Lunatic asylums Central Provinces reports 1886-1894 - 1886-1894
Year: 1886
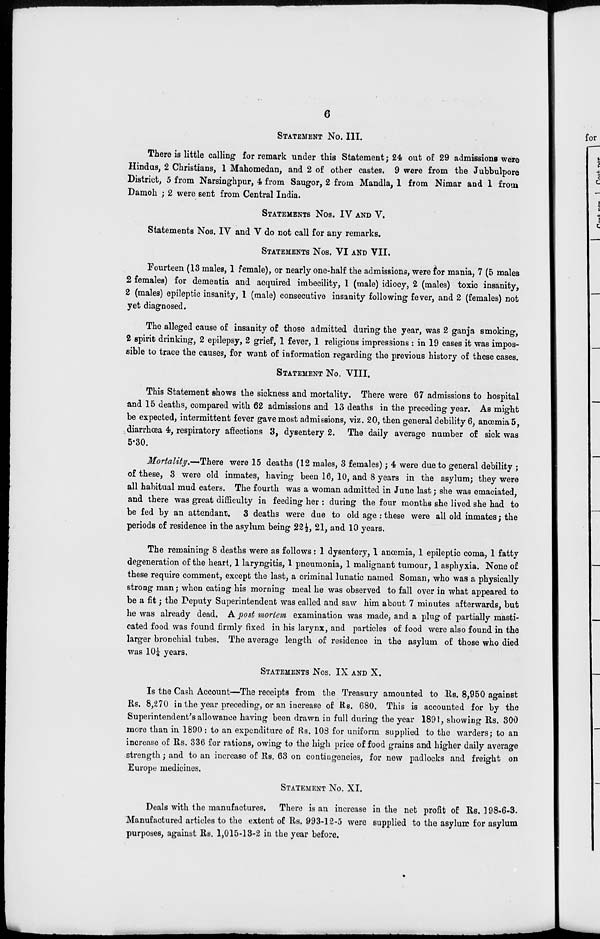
6
STATEMENT No. III.
There is little calling for remark under this Statement ; 24 out of 29 admissions were
Hindus, 2 Christians, 1 Mahomedan, and 2 of other castes. 9 were from the Jubbulpore
District, 5 from Narsinghpur, 4 from Saugor, 2 from Mandla, 1 from Nimar and 1 from
Damoh ; 2 were sent from Central India.
STATEMENTS Nos. IV AND V.
Statements Nos. IV and V do not call for any remarks.
STATEMENTS Nos. VI AND VII.
Fourteen (13 males, 1 female), or nearly one-half the admissions, were for mania, 7 (5 males
2 females) for dementia and acquired imbecility, 1 (male) idiocy, 2 (males) toxic insanity,
2 (males) epileptic insanity, 1 (male) consecutive insanity following fever, and 2 (females) not
yet diagnosed.
The alleged cause of insanity of those admitted during the year, was 2 ganja smoking,
2 spirit drinking, 2 epilepsy, 2 grief, 1 fever, 1 religious impressions : in 19 cases it was impos-
sible to trace the causes, for want of information regarding the previous history of these cases.
STATEMENT No. VIII.
This Statement shows the sickness and mortality. There were 67 admissions to hospital
and 15 deaths, compared with 62 admissions and 13 deaths in the preceding year. As might
be expected, intermittent fever gave most admissions, viz. 20, then general debility 6, anœmia 5,
diarrhœa 4, respiratory affections 3, dysentery 2. The daily average number of sick was
5.30.
Mortality.—There were 15 deaths (12 males, 3 females) ; 4 were due to general debility ;
of these, 3 were old inmates, having been 16, 10, and 8 years in the asylum; they were
all habitual mud eaters. The fourth was a woman admitted in June last ; she was emaciated,
and there was great difficulty in feeding her : during the four months she lived she had to
be fed by an attendant. 3 deaths were due to old age ; these were all old inmates ; the
periods of residence in the asylum being 22 ½, 21, and 10 years.
The remaining 8 deaths were as follows : 1 dysentery, 1 anœmia, 1 epileptic coma, 1 fatty
degeneration of the heart, 1 laryngitis, 1 pneumonia, 1 malignant tumour, 1 asphyxia. None of
these require comment, except the last, a criminal lunatic named Soman, who was a physically
strong man ; when eating his morning meal he was observed to fall over in what appeared to
be a fit ; the Deputy Superintendent was called and saw him about 7 minutes afterwards, but
he was already dead. A post mortem examination was made, and a plug of partially masti-
cated food was found firmly fixed in his larynx, and particles of food were also found in the
larger bronchial tubes. The average length of residence in the asylum of those who died
was 10¼ years.
STATEMENTS Nos. IX AND X.
Is the Cash Account—The receipts from the Treasury amounted to Rs. 8,950 against
Rs. 8,270 in the year preceding, or an increase of Rs. 680. This is accounted for by the
Superintendent's allowance having been drawn in full during the year 1891, showing Rs. 300
more than in 1890 : to an expenditure of Rs. 108 for uniform supplied to the warders; to an
increase of Rs. 336 for rations, owing to the high price of food grains and higher daily average
strength ; and to an increase of Rs. 63 on contingencies, for new padlocks and freight on
Europe medicines.
STATEMENT No. XI.
Deals with the manufactures. There is an increase in the net profit of Rs. 198-6-3.
Manufactured articles to the extent of Rs. 993-12-5 were supplied to the asylum for asylum
purposes, against Rs. 1,015-13-2 in the year before.